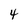
Character: 4